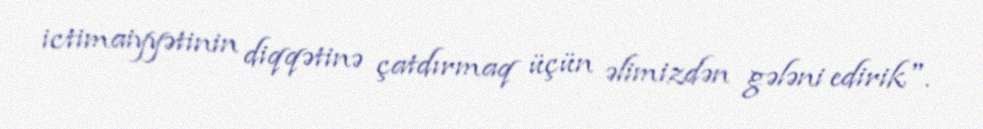
ictimaiyyətinin diqqətinə çatdırmaq üçün əlimizdən gələni edirik".